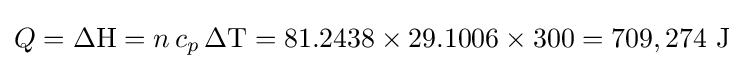
Q={\Delta \mathrm {H} }=n\,c_{p}\,\Delta \mathrm {T} =81.2438\times 29.1006\times 300=709,274{\text{ J}}